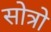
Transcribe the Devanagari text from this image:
सोत्रो